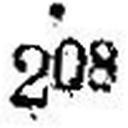
208